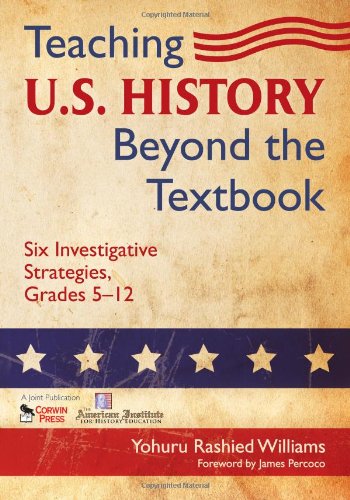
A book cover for Teaching U.S. History Beyond the Textbook: Six Investigative Strategies, Grades 5-12; Yohuru R. (Rashied) Williams; History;